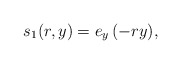
\begin{align*} s_1(r,y) = e_y\, (-ry), \end{align*}